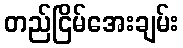
တည်ငြိမ်အေးချမ်း